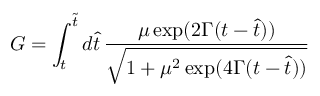
G = \int _ { t } ^ { \tilde { t } } d \hat { t } \, { \frac { \mu \, \mathrm { e x p } ( 2 \Gamma ( t - \hat { t } ) ) } { \sqrt { 1 + \mu ^ { 2 } \, \mathrm { e x p } ( 4 \Gamma ( t - \hat { t } ) ) } } }